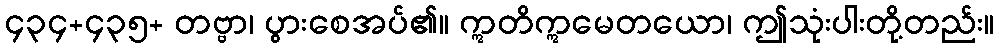
၄၃၄+၄၃၅+ တဗ္ဗာ၊ ပွားစေအပ်၏။ ဣတိဣမေတယော၊ ဤသုံးပါးတို့တည်း။